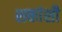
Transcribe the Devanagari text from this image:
शकांशी